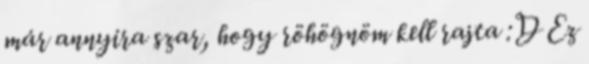
már annyira szar, hogy röhögnöm kell rajta :D Ez